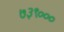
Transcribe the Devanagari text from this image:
७३९०००